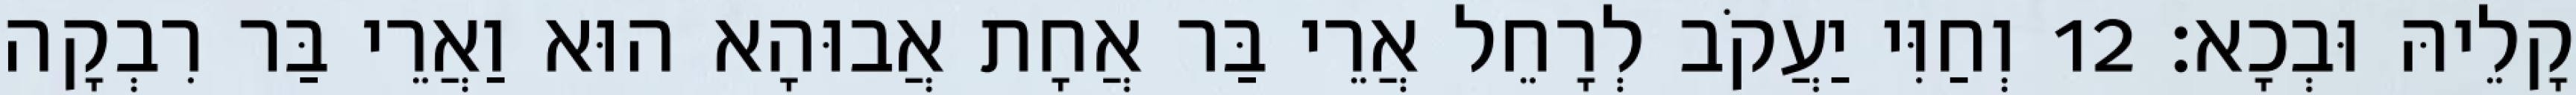
קָלֵיהּ וּבְכָא׃ 12 וְחַוִּי יַעֲקֹב לְרָחֵל אֲרֵי בַּר אֲחָת אֲבוּהָא הוּא וַאֲרֵי בַּר רִבְקָה